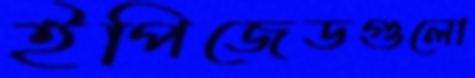
ইপিজেডগুলো